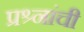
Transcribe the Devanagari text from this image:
प्रश्र्नांची